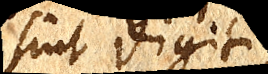
sint digiti